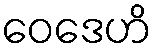
ဝေဒေဟိ